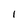
Character: l